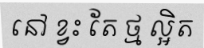
នៅ ខ្វះ តែ ថ្ម ល្អិត